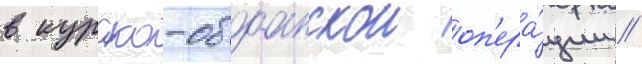
в курско-обоанскои оп'ера́ции //